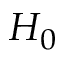
H _ { 0 }